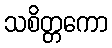
သစိတ္တကော